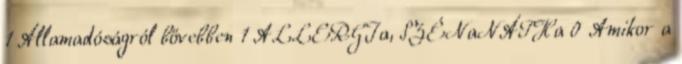
1 Államadóságról bővebben 1 ALLERGIa, SZÉNaNÁTHa 0 Amikor a